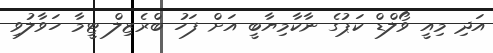
އަދި މިއީ ވޯލްޑް ކަޕުގެ ނާކާމިޔާބީ އަށް ފަހު ބްރެޒިލް ޓީމާ ހަވާލުވި